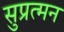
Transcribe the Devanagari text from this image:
सुप्रत्मन